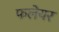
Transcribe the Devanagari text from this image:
फलेयर